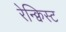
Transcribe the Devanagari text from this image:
रेन्क्विस्ट